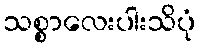
သစ္စာလေးပါးသိပုံ